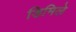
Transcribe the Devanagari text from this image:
डिमिले